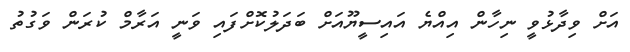
އަށް ވިދާޅުވީ ނިހާން އިއްޔެ އައިސީޔޫއަށް ބަދަލުކޮށްފައި ވަނީ އަރާމް ކުރަން ވަގުތު